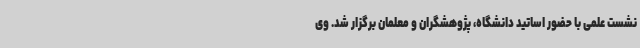
نشست علمی با حضور اساتید دانشگاه، پژوهشگران و معلمان برگزار شد. وی